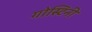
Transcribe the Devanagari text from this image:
गोस्टिनी